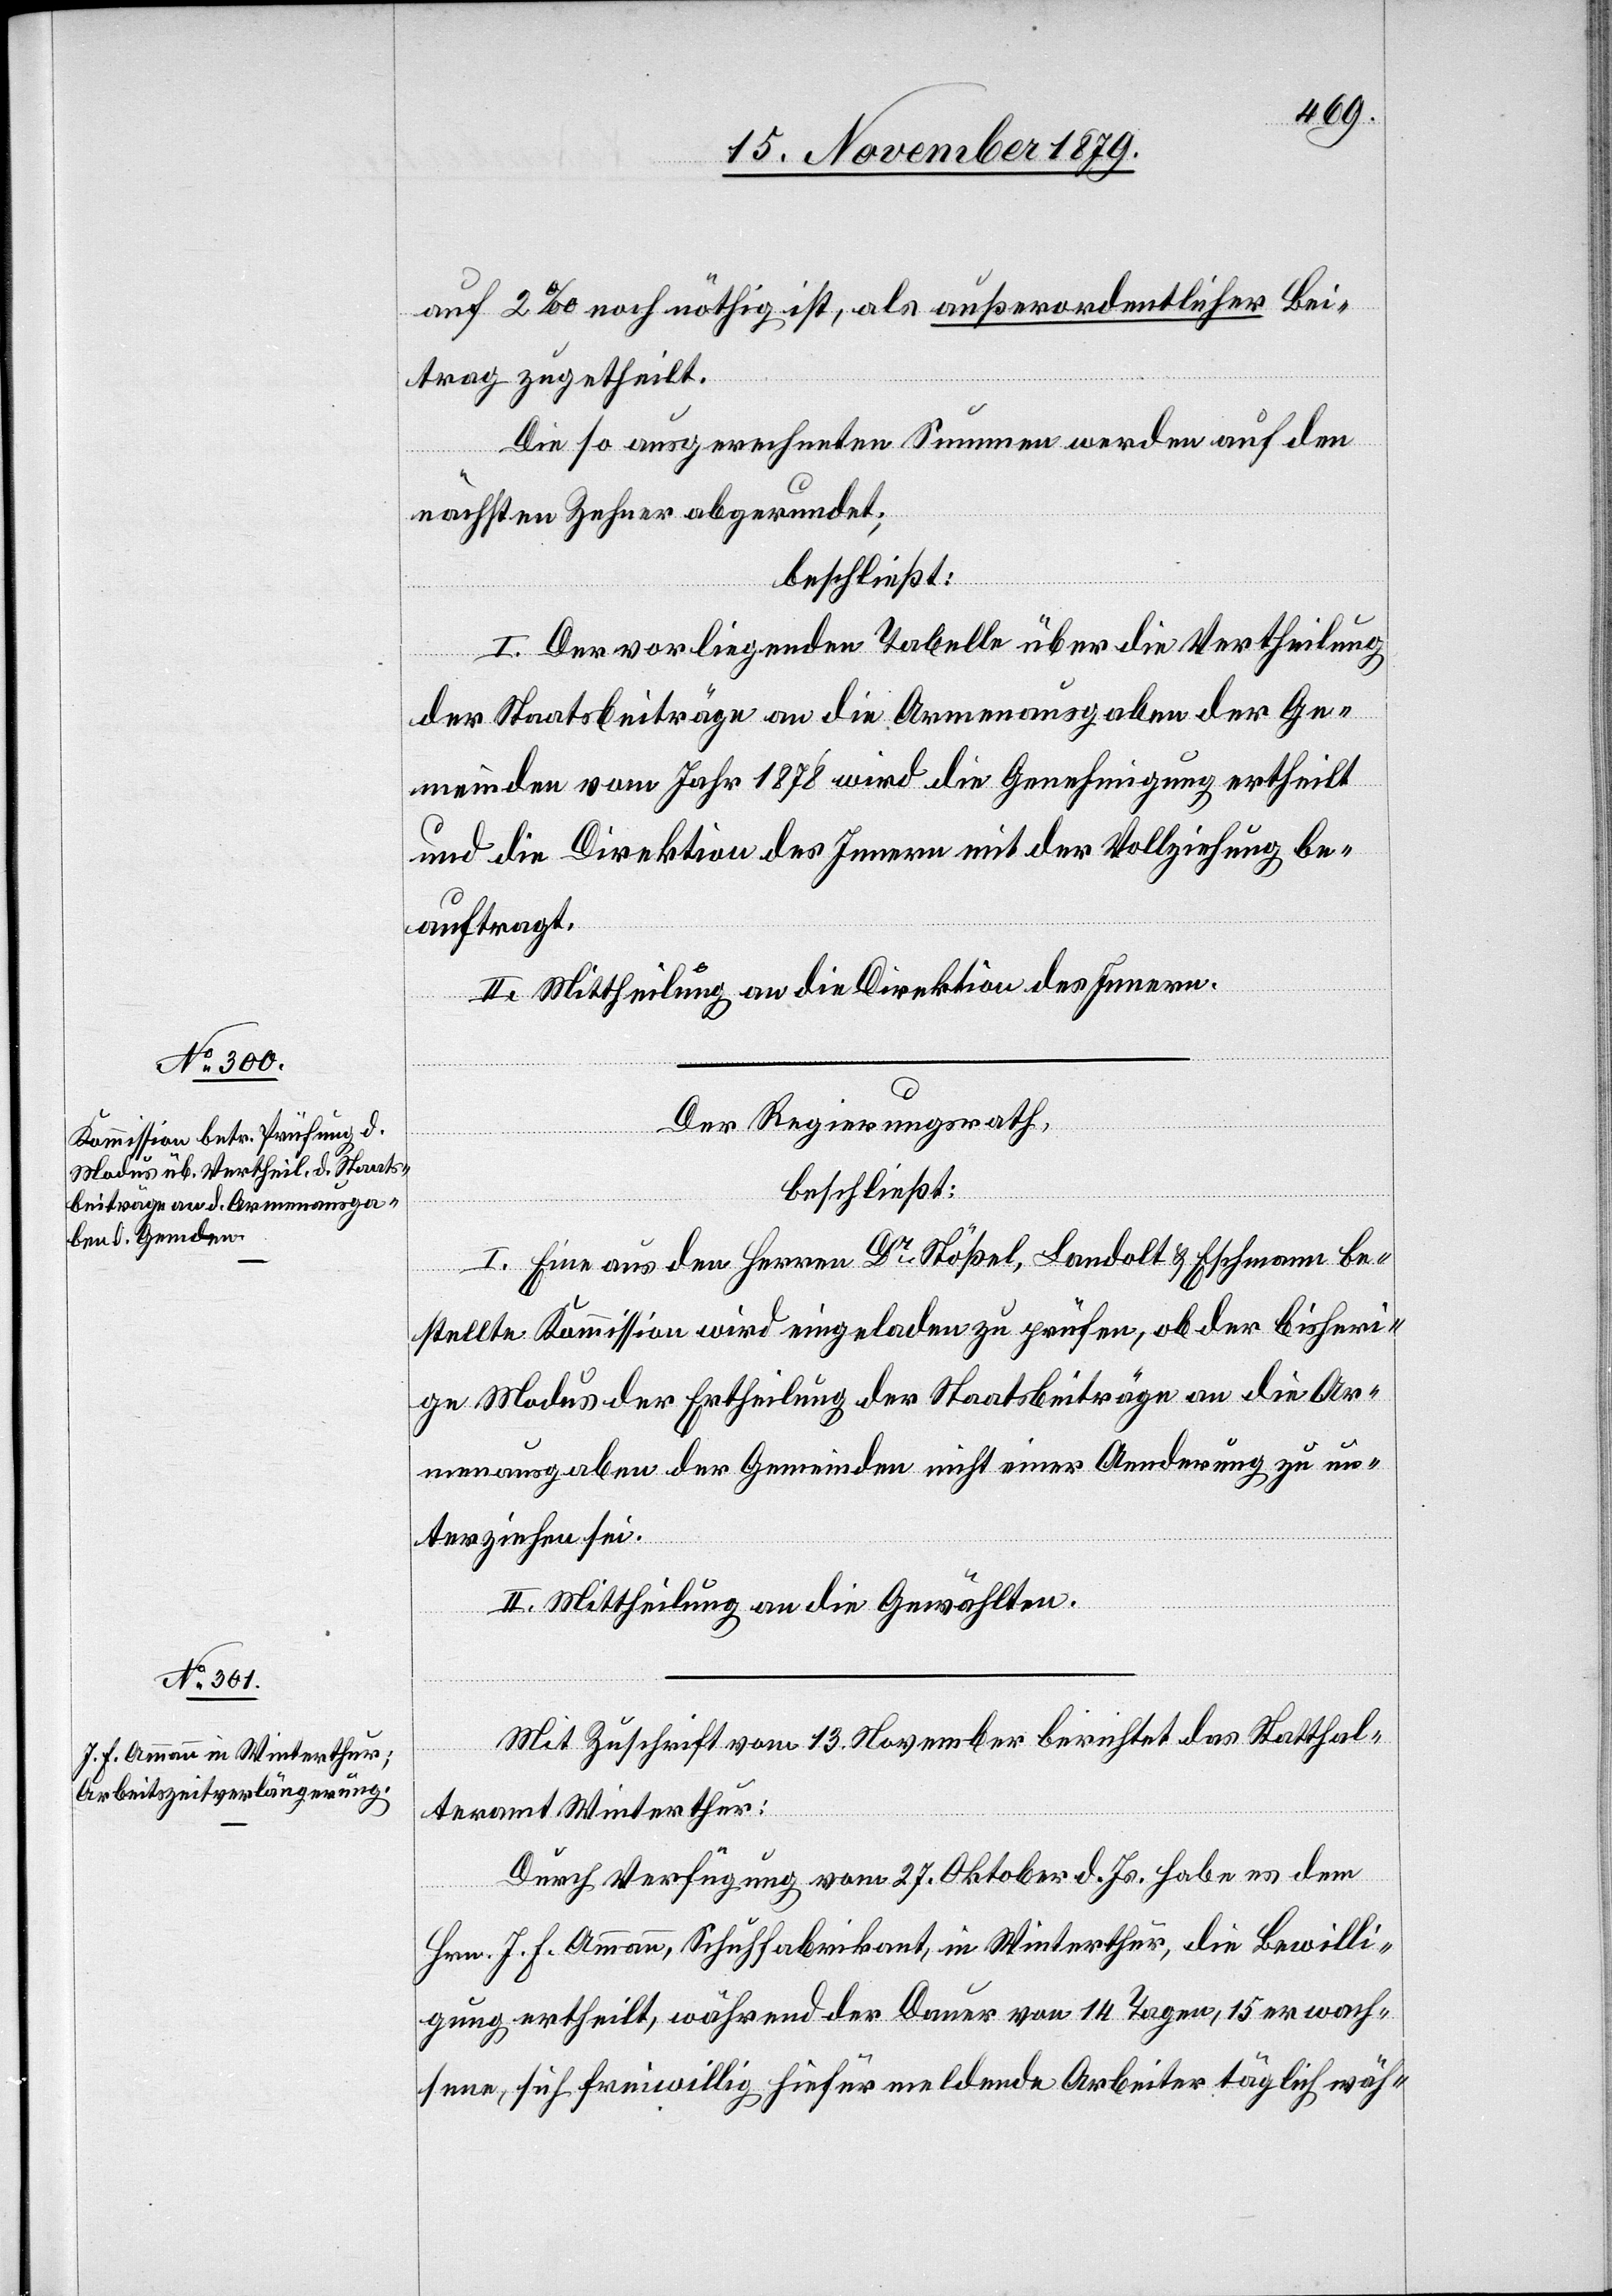
auf 2% noch nöthig ist, als Außerordentlicher Bei¬
trag zugetheilt.
Die so ausgerechneten Summen werden auf den
nächsten Zehner abgerundet;
beschließt:
I. Der vorliegenden Tabelle über die Vertheilung
der Staatsbeiträge an die Armenausgaben der Ge¬
meinden vom Jahre 1878 wird die Genehmigung ertheilt
und die Direktion des Innern mit der Vollziehung be¬
auftragt.
II. Mittheilung an die Direktion des Innern.
Der Regierungsrath,
beschließt:
I. Eine aus den Herren Dr Stößel, Landolt & Eschmann be¬
stellte Kommission wird eingeladen zu prüfen, ob der bisheri¬
ge Modus der Ertheilung der Staatsbeiträge an die Ar¬
menausgaben der Gemeinden nicht einer Aenderung zu un¬
terziehen sei.
II. Mittheilung an die Gewählten.
Mit Zuschrift vom 13. November berichtet das Statthal¬
teramt Winterthur:
Durch Verfügung vom 27. Oktober d. Js. habe es dem
Herrn J. F. Ammann, Schuhfabrikant, in Winterthur, die Bewilli¬
gung ertheilt, während der Dauer von 14 Tagen, 15 erwach¬
sene, sich freiwillig hiefür meldende Arbeiter täglich wäh-